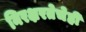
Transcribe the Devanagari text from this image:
निरक्षरतेचेही